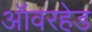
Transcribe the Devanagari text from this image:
ऑवरहेड